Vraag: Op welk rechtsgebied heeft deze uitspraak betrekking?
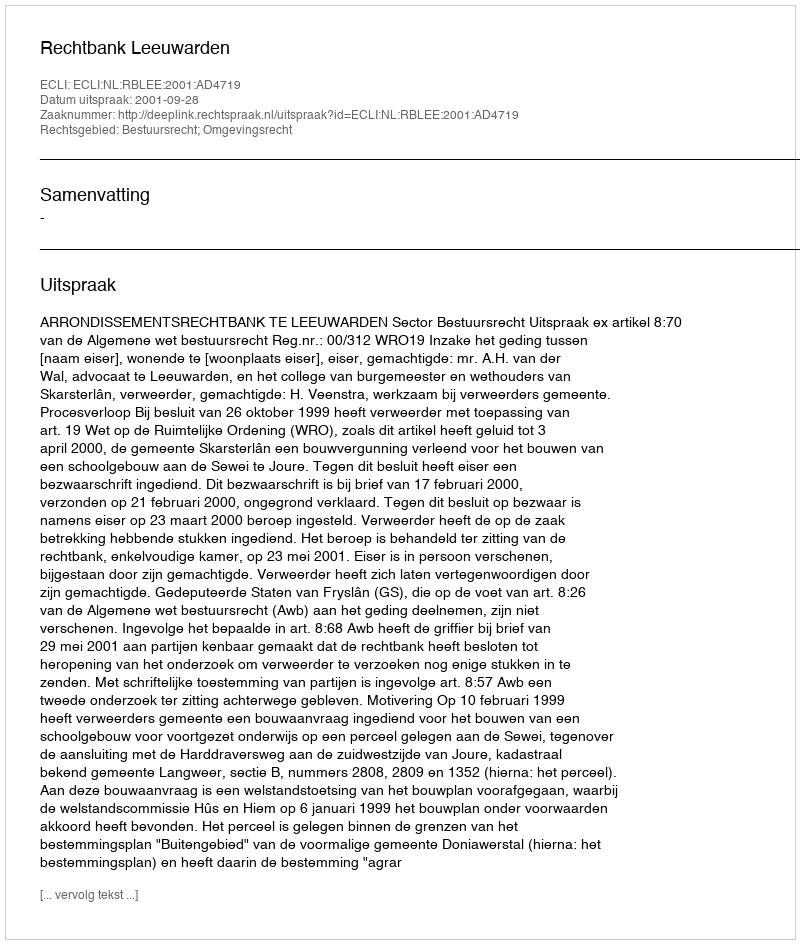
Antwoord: Bestuursrecht; Omgevingsrecht